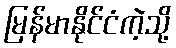
မြန်မာနိုင်ငံကဲ့သို့